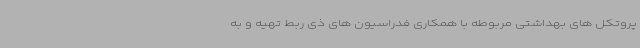
پروتکل های بهداشتی مربوطه با همکاری فدراسیون های ذی ربط تهیه و به